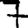
Digit: 7